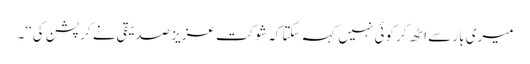
میری بار سے اٹھ کر کوئی نہیں کہہ سکتا کہ شوکت عزیز صدیقی نے کرپشن کی‘‘۔